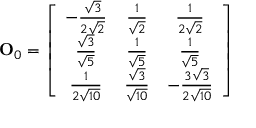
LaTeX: { \bf O } _ { 0 } = \left[ \begin{array} { c c c } { { - \frac { \sqrt { 3 } } { 2 \sqrt { 2 } } } } & { { \frac { 1 } { \sqrt { 2 } } } } & { { \frac { 1 } { 2 \sqrt { 2 } } } } \\ { { \frac { \sqrt { 3 } } { \sqrt { 5 } } } } & { { \frac { 1 } { \sqrt { 5 } } } } & { { \frac { 1 } { \sqrt { 5 } } } } \\ { { \frac { 1 } { 2 \sqrt { 1 0 } } } } & { { \frac { \sqrt { 3 } } { \sqrt { 1 0 } } } } & { { - \frac { 3 \sqrt { 3 } } { 2 \sqrt { 1 0 } } } } \end{array} \right]